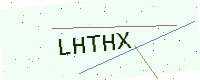
Text: LHTHX